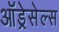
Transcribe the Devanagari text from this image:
ऑड्रेसेल्स